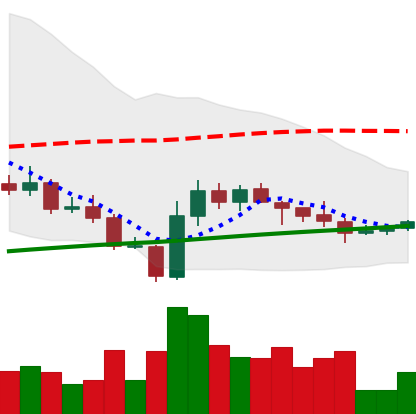
Ticker: LINK-USD
Chart end date: 2020-10-05
Forward return: 9.363%
Label: up_7plus